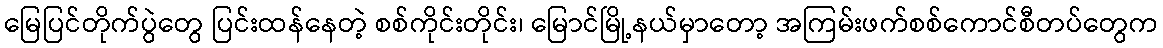
မြေပြင်တိုက်ပွဲတွေ ပြင်းထန်နေတဲ့ စစ်ကိုင်းတိုင်း၊ မြောင်မြို့နယ်မှာတော့ အကြမ်းဖက်စစ်ကောင်စီတပ်တွေက